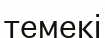
темекі